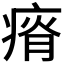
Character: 𰣰